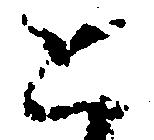
と